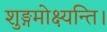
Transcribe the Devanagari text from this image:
शुङ्गमोक्ष्यन्ति।